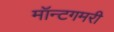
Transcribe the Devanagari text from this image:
मॉन्टगमरी